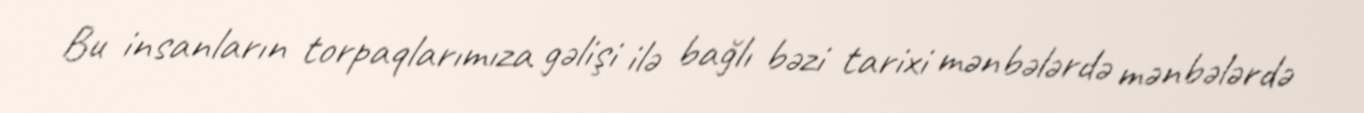
Bu insanların torpaqlarımıza gəlişi ilə bağlı bəzi tarixi mənbələrdə mənbələrdə